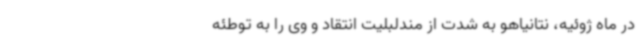
در ماه ژوئیه، نتانیاهو به شدت از مندلبلیت انتقاد و وی را به توطئه